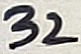
Text: 32